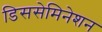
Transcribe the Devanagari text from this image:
डिससेमिनेशन